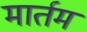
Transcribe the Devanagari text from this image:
मार्तम